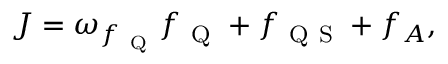
J = \omega _ { f _ { \mathrm { ~ Q ~ } } } f _ { \mathrm { ~ Q ~ } } + f _ { \mathrm { ~ Q ~ S ~ } } + f _ { A } ,